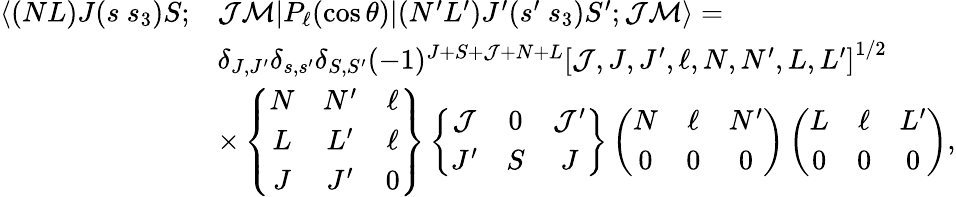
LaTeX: \begin{array}{rl}{\langle(NL)J(s~s_{3})S;}&{\mathcal{J}\mathcal{M}|P_{\ell}(\cos\theta)|(N^{\prime}L^{\prime})J^{\prime}(s^{\prime}~s_{3})S^{\prime};\mathcal{J}\mathcal{M}\rangle=}\\ &{\delta_{J,J^{\prime}}\delta_{s,s^{\prime}}\delta_{S,S^{\prime}}(-1)^{J+S+\mathcal{J}+N+L}\left[\mathcal{J},J,J^{\prime},\ell,N,N^{\prime},L,L^{\prime}\right]^{1/2}}\\ &{\times\left\{ \begin{array}{ccc}{N}&{N^{\prime}}&{\ell}\\ {L}&{L^{\prime}}&{\ell}\\ {J}&{J^{\prime}}&{0}\end{array}\right\} \left\{ \begin{array}{ccc}{\mathcal{J}}&{0}&{\mathcal{J}^{\prime}}\\ {J^{\prime}}&{S}&{J}\end{array}\right\} \left(\begin{array}{ccc}{N}&{\ell}&{N^{\prime}}\\ {0}&{0}&{0}\end{array}\right)\left(\begin{array}{ccc}{L}&{\ell}&{L^{\prime}}\\ {0}&{0}&{0}\end{array}\right),}\end{array}